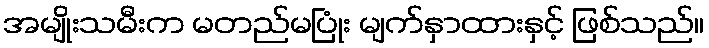
အမျိုးသမီးက မတည်မပြုံး မျက်နှာထားနှင့် ဖြစ်သည်။